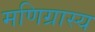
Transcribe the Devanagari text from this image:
मणिग्रास्य